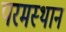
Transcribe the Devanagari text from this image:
परमस्थान